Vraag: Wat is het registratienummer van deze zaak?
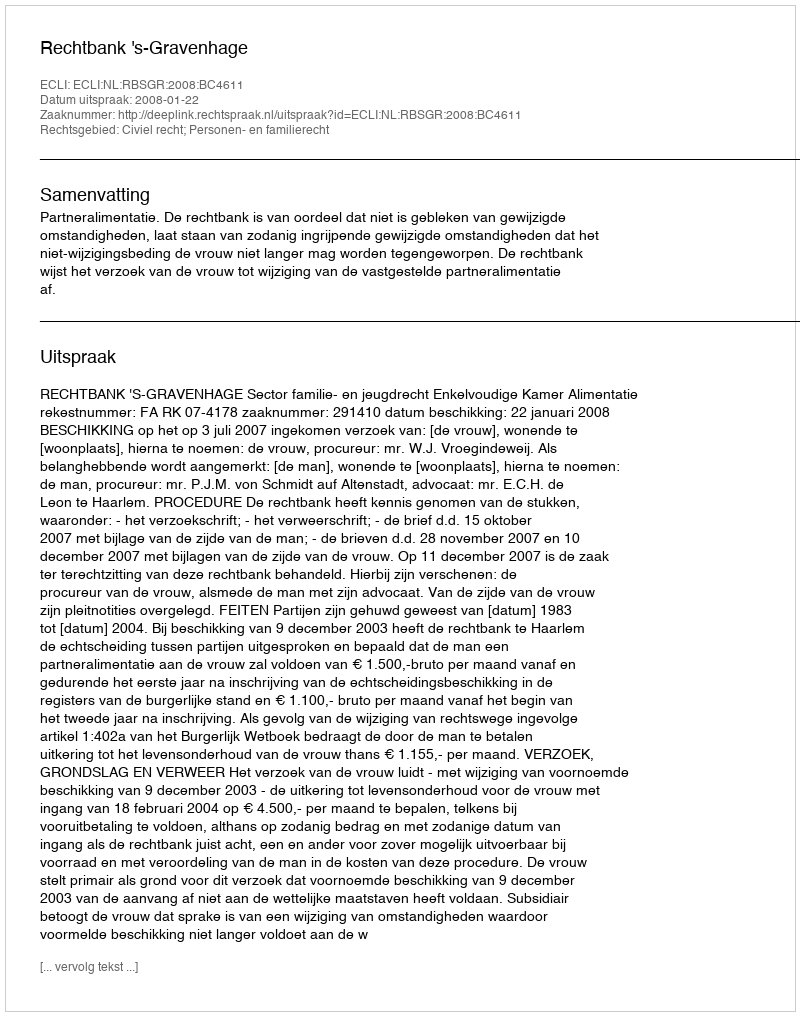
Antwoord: http://deeplink.rechtspraak.nl/uitspraak?id=ECLI:NL:RBSGR:2008:BC4611